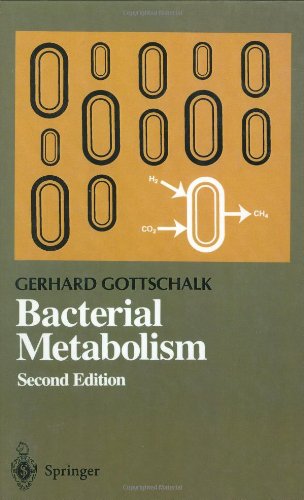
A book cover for Bacterial Metabolism (Springer Series in Microbiology); Gerhard Gottschalk; Medical Books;